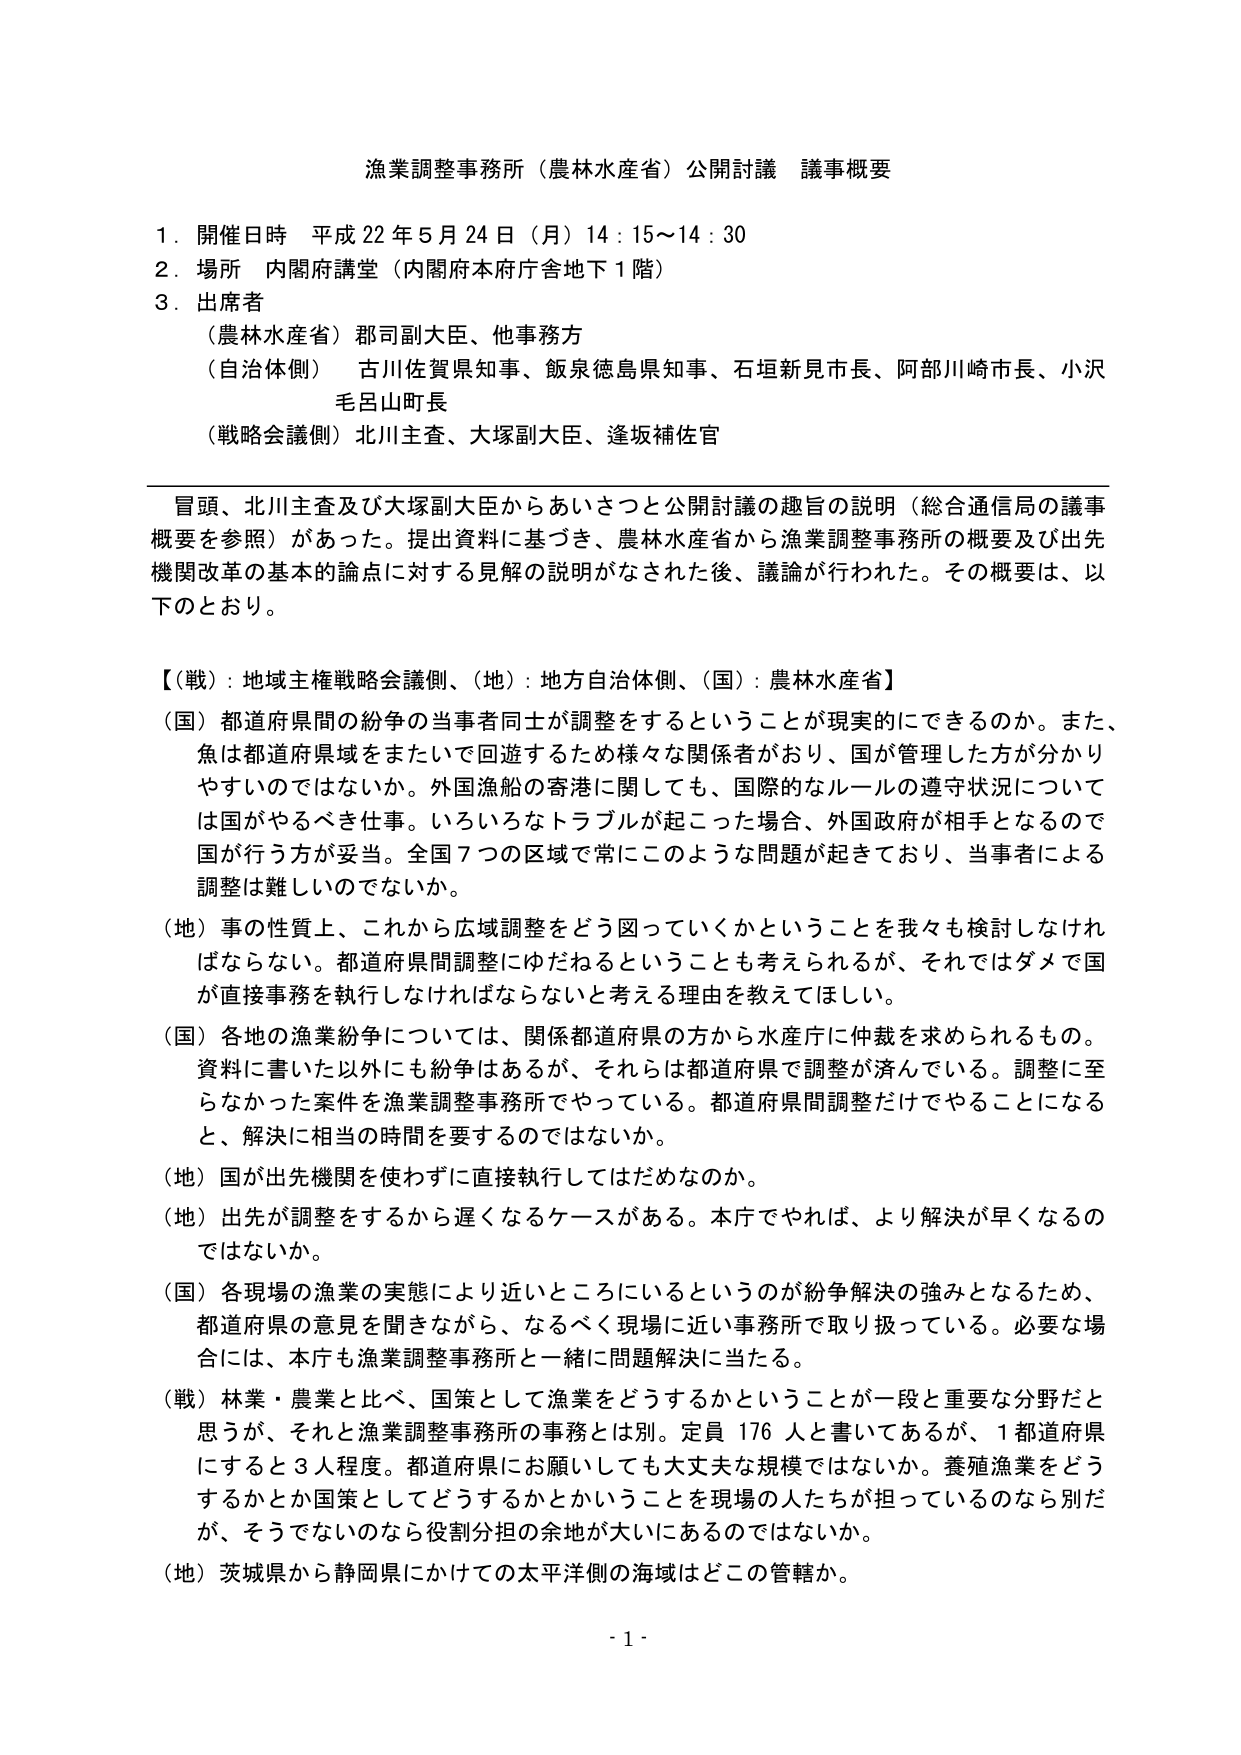
漁業調整事務所（農林水産省）公開討議 議事概要

１．開催日時 平成22年5月24日（月）14：15～14：30
２．場所 内閣府講堂（内閣府本府庁舎地下1階）
３．出席者
　（農林水産省）郡司副大臣、他事務方
　（自治体側）古川佐賀県知事、飯泉徳島県知事、石垣新見市長、阿部川崎市長、小沢毛呂山町長
　（戦略会議側）北川主査、大塚副大臣、逢坂補佐官

冒頭、北川主査及び大塚副大臣からあいさつと公開討議の趣旨の説明（総合通信局の議事概要を参照）があった。提出資料に基づき、農林水産省から漁業調整事務所の概要及び出先機関改革の基本的論点に対する見解の説明がなされた後、議論が行われた。その概要は、以下のとおり。

【（戦）：地域主権戦略会議側、（地）：地方自治体側、（国）：農林水産省】

（国）都道府県間の紛争の当事者同士が調整をするということが現実的にできるのか。また、魚は都道府県域をまたいで回遊するため様々な関係者がおり、国が管理した方が分かりやすいのではないか。外国漁船の寄港に関しても、国際的なルールの遵守状況については国がやるべき仕事。いろいろなトラブルが起こった場合、外国政府が相手となるので国が行う方が妥当。全国7つの区域で常にこのような問題が起きており、当事者による調整は難しいのではないか。

（地）事の性質上、これから広域調整をどう図っていくかということを我々も検討しなければならない。都道府県間調整にゆだねるということも考えられるが、それではダメで国が直接事務を執行しなければならないと考える理由を教えてほしい。

（国）各地の漁業紛争については、関係都道府県の方から水産庁に仲裁を求められるもの。資料に書いた以外にも紛争はあるが、それらは都道府県で調整が済んでいる。調整に至らなかった案件を漁業調整事務所でやっている。都道府県間調整だけでやることになると、解決に相当の時間を要するのではないか。

（地）国が出先機関を使わずに直接執行してはだめなのか。

（地）出先が調整をするから遅くなるケースがある。本庁でやれば、より解決が早くなるのではないか。

（国）各現場の漁業の実態により近いところにいるというのが紛争解決の強みとなるため、都道府県の意見を聞きながら、なるべく現場に近い事務所で取り扱っている。必要な場合には、本庁も漁業調整事務所と一緒に問題解決に当たる。

（戦）林業・農業と比べ、国策として漁業をどうするかということが一段と重要な分野だと思うが、それと漁業調整事務所の事務とは別。定員176人と書いてあるが、1都道府県にすると3人程度。都道府県にお願いしても大丈夫な規模ではないか。養殖漁業をどうするかとか国策としてどうするかとかいうことを現場の人たちが担っているのなら別だが、そうでないのなら役割分担の余地が大いにあるのではないか。

（地）茨城県から静岡県にかけての太平洋側の海域はどこの管轄か。

- 1 -